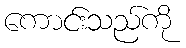
ကောင်းသည်ကို